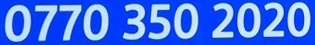
0770 350 2020